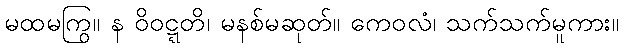
မထမကြွ။ န ဝိဝဋ္ဋတိ၊ မနစ်မဆုတ်။ ကေဝလံ၊ သက်သက်မူကား။